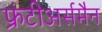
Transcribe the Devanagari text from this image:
फ्रंटीअर्समैन